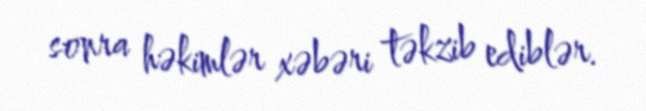
sonra həkimlər xəbəri təkzib ediblər.